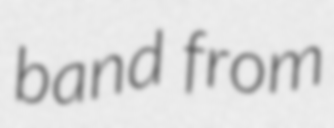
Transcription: band from